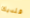
فلديك